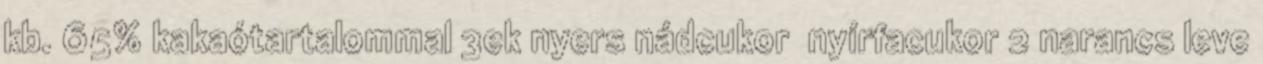
kb. 65% kakaótartalommal 3ek nyers nádcukor nyírfacukor 2 narancs leve